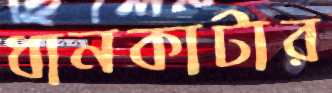
ধানকাটার